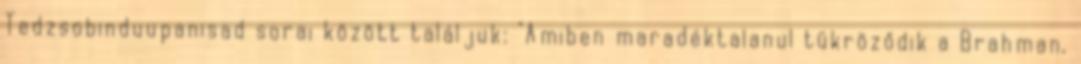
Tedzsobinduupanisad sorai között találjuk: "Amiben maradéktalanul tükröződik a Brahman,